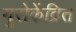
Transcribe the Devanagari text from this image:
यूरोकेंद्रित